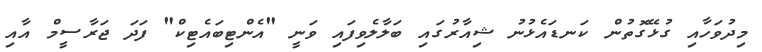
މިދުވަހާއި ގުޅޭގޮތުން ކަނޑައެޅުނު ޝިއާރުގައި ބަލާލެވިފައި ވަނީ "އެންޓިބައެޓިކް" ފަދަ ޖަރާސީމް އާއި